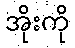
အိုးကို